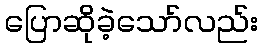
ပြောဆိုခဲ့သော်လည်း